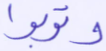
وتوبوا